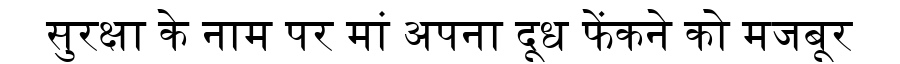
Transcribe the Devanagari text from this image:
सुरक्षा के नाम पर मां अपना दूध फेंकने को मजबूर